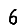
Digit: 6